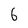
Character: 6